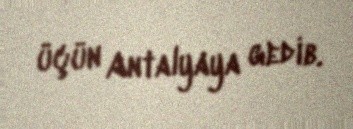
üçün Antalyaya gedib.